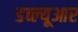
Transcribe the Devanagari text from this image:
डब्‍ल्‍यूआर